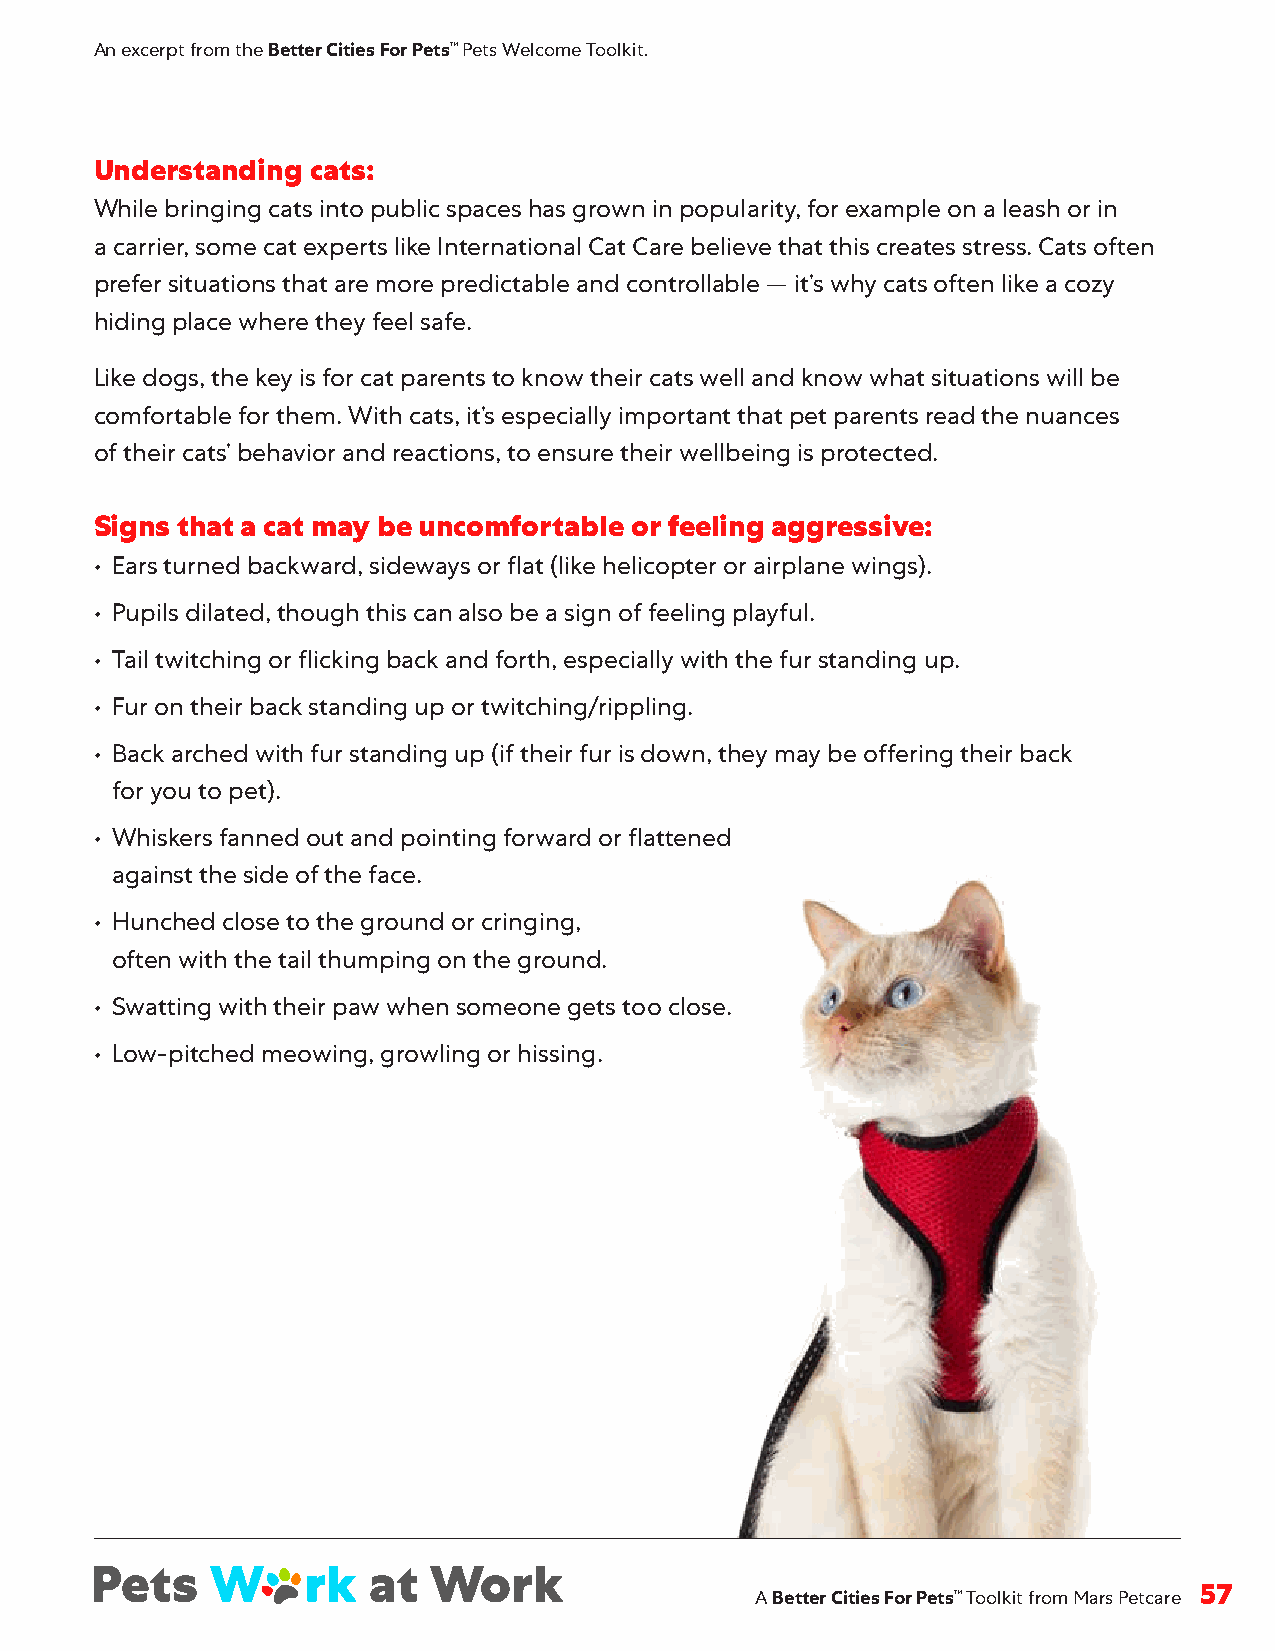
An excerpt from the Better Cities For Pets™ Pets Welcome Toolkit.
 Understanding  cats:
 While bringing cats into public spaces has grown in popularity, for example on a leash or in
 a carrier, some cat experts like International Cat Care believe that this creates stress . Cats often
 prefer situations that are more predictable and controllable — it’s why cats often like a cozy
 hiding place where they feel safe .
 Like dogs, the key is for cat parents to know their cats well and know what situations will be
 comfortable for them . With cats, it’s especially important that pet parents read the nuances
 of their cats’ behavior and reactions, to ensure their wellbeing is protected .
 Signs that a cat may be uncomfortable or feeling aggressive:
 • Ears turned backward, sideways or flat (like helicopter or airplane wings) .
 • Pupils dilated, though this can also be a sign of feeling playful .
 • Tail twitching or flicking back and forth, especially with the fur standing up .
 • Fur on their back standing up or twitching/rippling .
 • Back arched with fur standing up (if their fur is down, they may be offering their back
 for you to pet) .
 • Whiskers fanned out and pointing forward or flattened
 against the side of the face .
 • Hunched close to the ground or cringing,
 often with the tail thumping on the ground .
 • Swatting with their paw when someone gets too close .
 • Low-pitched meowing, growling or hissing .
 A Better Cities For Pets™ Toolkit from Mars Petcare 57